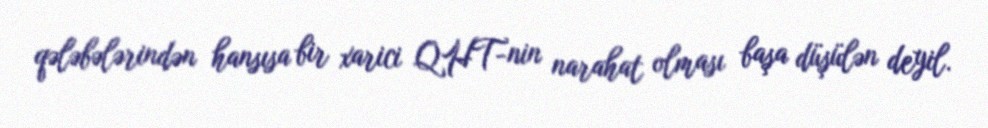
qələbələrindən hansısa bir xarici QHT-nin narahat olması başa düşülən deyil.